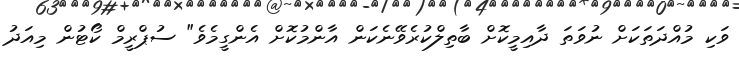
ވަކި މުއްދަތަކަށް ނުވަތަ ދާއިމީކޮށް ބާތިލްކުރެވޭނެކަން އާންމުކޮށް އެންގީމެވެ" ސުޕްރީމް ކޯޓުން މިއަދު